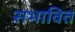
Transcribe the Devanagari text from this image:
सभावित